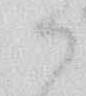
御